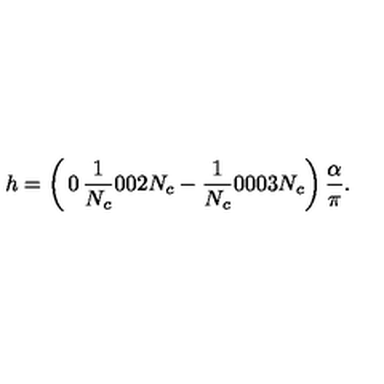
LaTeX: h = \left( \begin{matrix} { 0 } & { { \frac { 1 } { N _ { c } } } } & { 0 } \\ { 0 } & { 2 N _ { c } - { \frac { 1 } { N _ { c } } } } & { 0 } \\ { 0 } & { 0 } & { 3 N _ { c } } \\ \end{matrix} \right) { \frac { \alpha } { \pi } } .